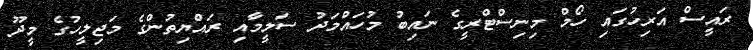
ރައީސް އަރިހުގައި ހޯމް މިނިސްޓްރީގެ ނައިބު މުހައްމަދު ސަލީމާއި ރައްޔިތުންގެ މަޖިލީހުގެ މީދޫ